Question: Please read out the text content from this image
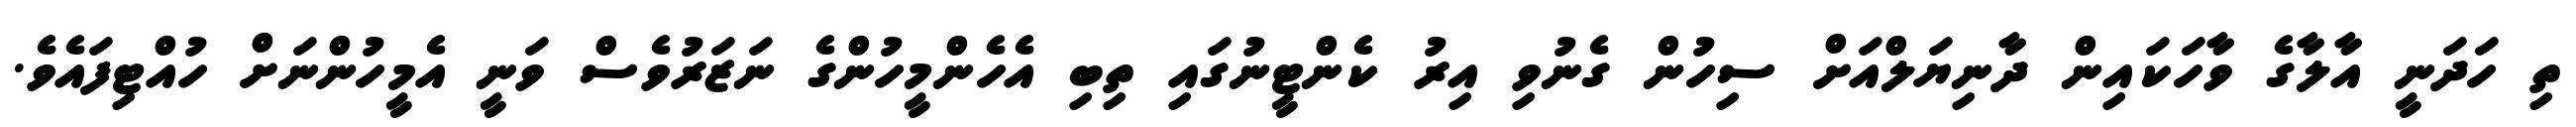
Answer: ތި ހަދަނީ އާލާގެ ވާހަކައިން ދާނިޔަލްއަށް ސިހުން ގެނުވި އިރު ކެންޓީނުގައި ތިބި އެހެންމީހުންގެ ނަޒަރުވެސް ވަނީ އެމީހުންނަށް ހުއްޓިފައެވެ.